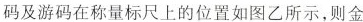
码及游码在称量标尺上的位置如图乙所示，则金